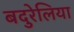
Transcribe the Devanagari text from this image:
बदुरेलिया